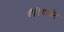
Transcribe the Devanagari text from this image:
हैरिंगबोन